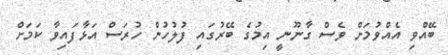
ބޭއްވި އެއްވުމަށް ވެސް ގާނޫނީ އިމުގެ ބޭރުގައި ފުލުހުން ހުރަސް އަޅާފައިވާ ކަމަށް